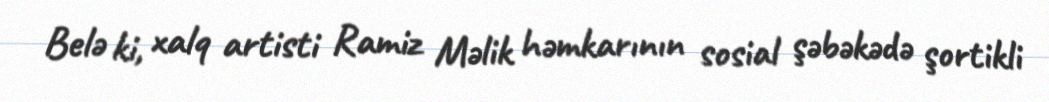
Belə ki, xalq artisti Ramiz Məlik həmkarının sosial şəbəkədə şortikli